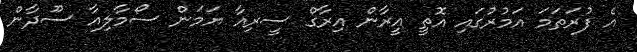
އެ ފުރަތަމަ އަމުރުގައި އޮތީ އީރާން އިރާގް ސީރިއާ ޔަމަން ސޯމާލިއާ ސޫދާން